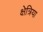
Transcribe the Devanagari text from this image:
क्षेत्रिया